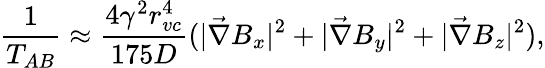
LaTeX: \frac{1}{T_{AB}}\approx\frac{4\gamma^{2}r_{vc}^{4}}{175D}(|\vec{\nabla}B_{x}|^{2}+|\vec{\nabla}B_{y}|^{2}+|\vec{\nabla}B_{z}|^{2}),